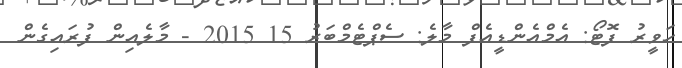
ހަވީރު ފޮޓޯ: އެމްއެންޑީއެފް މާލެ: ސެޕްޓެމްބަރު 15 2015 - މާލެއިން ފުރައިގެން